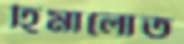
হিমালোত